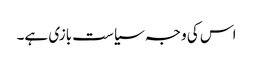
اس کی وجہ سیاست بازی ہے۔